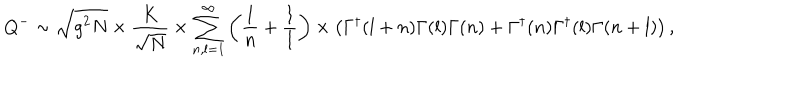
LaTeX: Q ^ { - } \sim \sqrt { g ^ { 2 } N } \times \frac { K } { \sqrt { N } } \times \sum _ { n , l = 1 } ^ { \infty } \left( \frac { 1 } { n } + \frac { 1 } { l } \right) \times \left( \Gamma ^ { \dagger } ( l + n ) \Gamma ( l ) \Gamma ( n ) + \Gamma ^ { \dagger } ( n ) \Gamma ^ { \dagger } ( l ) \Gamma ( n + l ) \right) ,